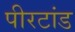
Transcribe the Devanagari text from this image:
पीरटांड